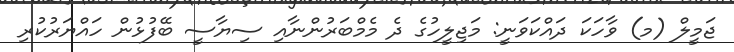
ޖަމީލް (މ) ވާހަކަ ދައްކަވަނީ: މަޖިލީހުގެ ދެ މެމްބަރުންނާއި ސިޔާސީ ބޭފުޅުން ހައްޔަރުކުރި